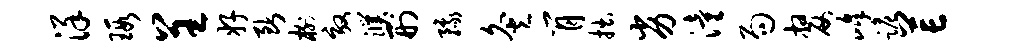
详瑕呈好断榭效濮刑豫灸肖拙劣潼局嫠峰跪芒